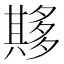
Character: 𫯘